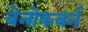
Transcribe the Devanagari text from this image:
बेनोकबर्न